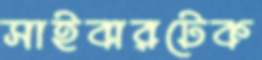
সাইবারটেক